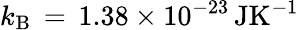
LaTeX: k_{\mathrm{B}}\, =\, 1.38\times 10^{-23}\, \mathrm{JK^{-1}}